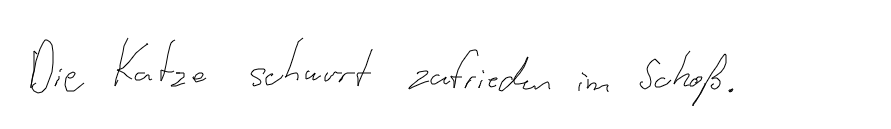
Die Katze schnurrt zufrieden im Schoß.